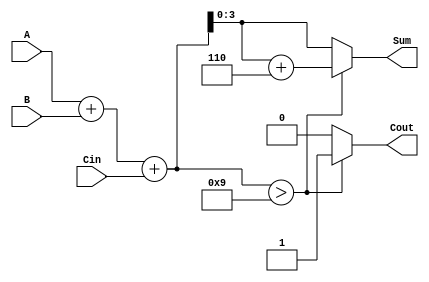
module BCD_Hybrid_Adder (
    input  [3:0] A,      // First BCD digit
    input  [3:0] B,      // Second BCD digit
    input        Cin,     // Carry input
    output reg [3:0] Sum, // BCD sum output
    output reg Cout       // Carry output
);

    // Intermediate signal for sum
    wire [4:0] intermediate_sum;

    // Step 1: Binary Addition
    assign intermediate_sum = A + B + Cin;

    // Step 2: BCD Correction
    always @(*) begin 
        // Check if correction is needed
        if (intermediate_sum > 9) begin
            // Apply BCD correction
            Sum = intermediate_sum + 5'd6;
            Cout = 1; // Set carry out if correction was applied
        end else begin
            // No correction needed
            Sum = intermediate_sum[3:0]; // Take only the lower 4 bits
            Cout = 0; // No carry out
        end
    end

endmodule